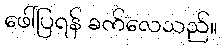
ဖေါ်ပြရန် ခက်လေသည်။